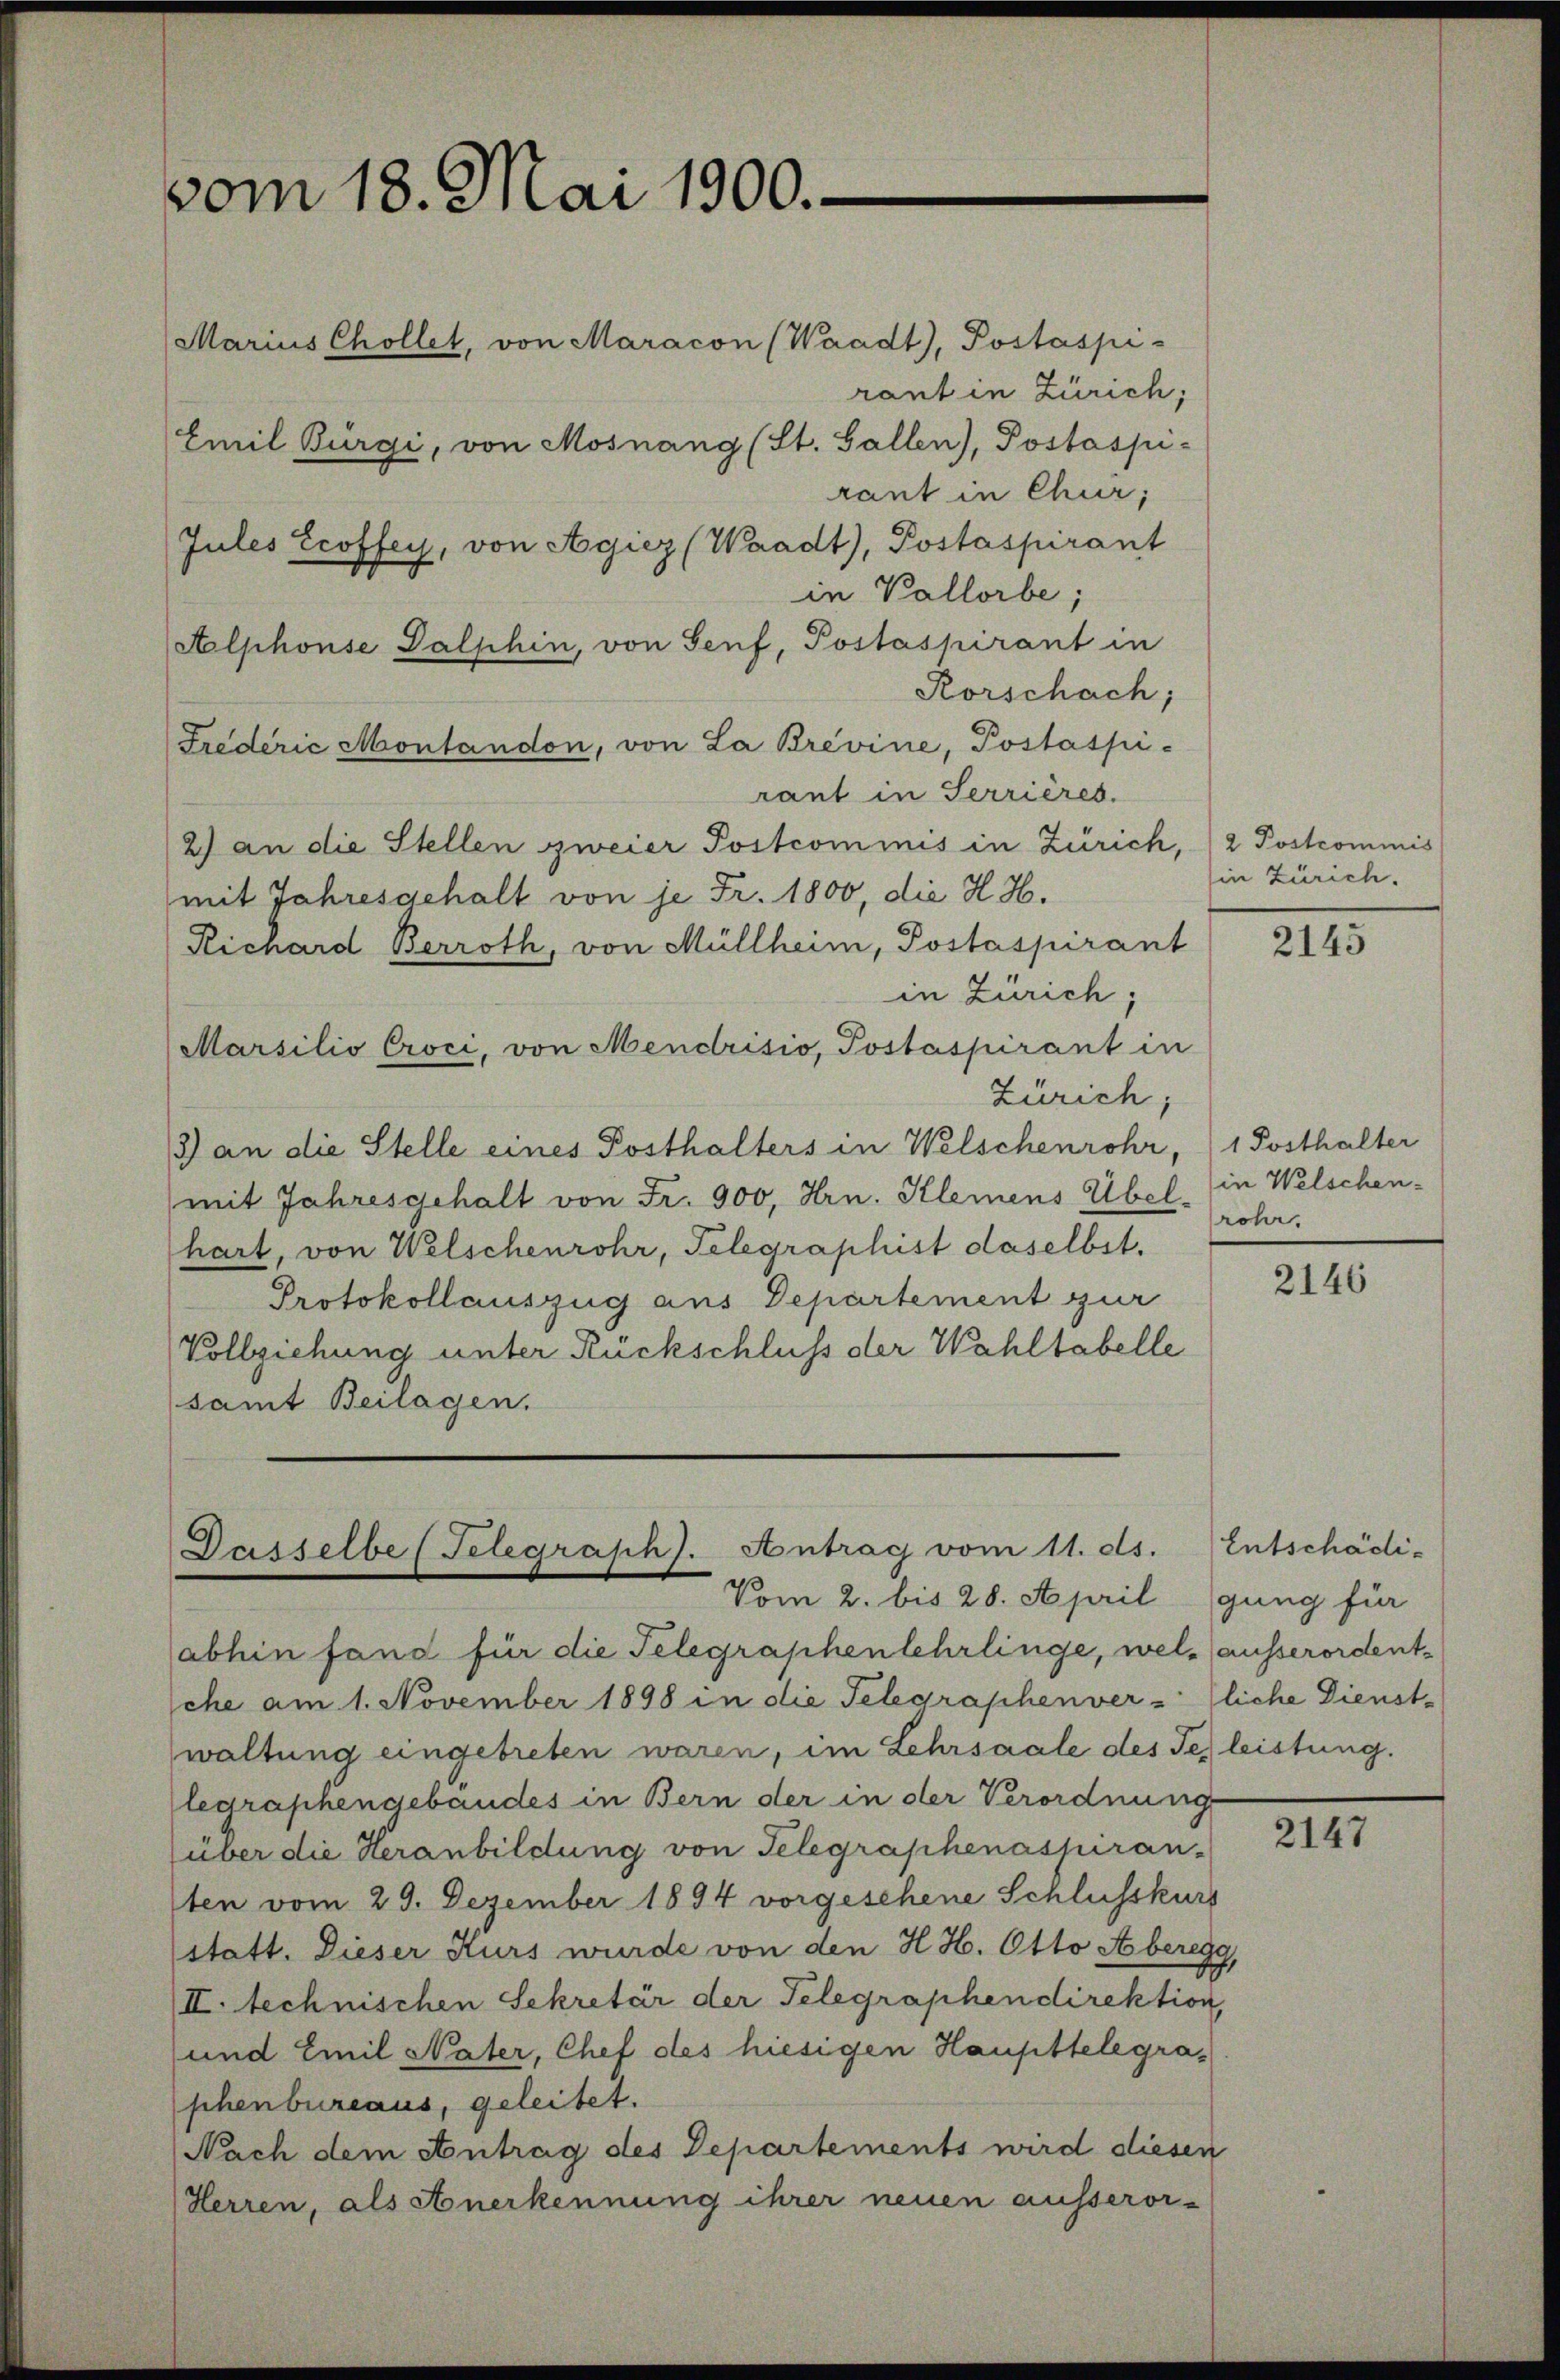
vom 18. Mai 1900.
Marius Chollet, von Maracon (Waadt, Postaspi-

Dasselbe (Telegraph). Antrag vom 11. ds.

abhin fand für die Telegraphenlehrlinge, wel-ausserordentche am 1. November 1898 in die Telegraphenverliche Dienstwaltung eingetreten waren, im Lehrsaale des Jez leistung.
legraphengebäudes in Bern der in der Verordnung
über die Heranbildung von Telegraphenassuran-
ten vom 29. Dezember 1894 vorgesehene Schlusskurs
statt. Dieser Kurs wurde von den H. H. Otto A beregg,
II. technischen Sekretär der Telegraphen direktion,
und Emil Nater, Chef des hiesigen Haupttelegraphenbureaus, geleitet.
Nach dem Antrag des Departements wird diesen
Herren, als Anerkennung ihrer neuen ausseror-

rant in Zürich;
Emil Bürgi, von Mosnang (St. Gallen), Postaspi-
rant in Chur,
Jules Ecoffey, von Agiez (Waadt, Postaspirant
in Vallorbe;
Alphonse Dalphin, von Senf, Postaspirant in
Rorschach;
Frederić Montandon, von La Brevine, Postaspi-
rant in Terrières.
2) an die Stellen zweier Postcommis in Zürich, 2 Postcommis
mit Jahresgehalt von je Fr. 1800, die H. H.
Richard Berroth, von Müllheim, Postaspirant
in Zürich;
Marsilio Croci, von Mendrisio, Postaspirant in
Zürich;
3) an die Stelle eines Posthalters in Welschenrohr, 1 Posthalter
mit Jahresgehalt von Fr. 900, Hrn. Klemens Übel-
hart, von Welschenrohr, Telegraphist daselbst.
Protokollauszug aus Departement zur
Vollziehung unter Rückschluss der Wahltabelle
samt Beilagen.

Vom 2. bis 28. April gung für

in Zürich.

2145

in Welschenrohr.

2146

Entschädi¬

2147